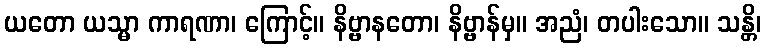
ယတော ယသ္မာ ကာရဏာ၊ ကြောင့်။ နိဗ္ဗာနတော၊ နိဗ္ဗာန်မှ။ အညံ၊ တပါးသော။ သန္တိ၊